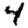
Digit: 4